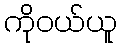
ကိုဝယ်ယူ